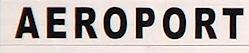
aeroport